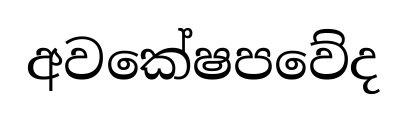
අවකේෂපවේද